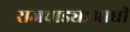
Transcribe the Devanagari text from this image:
राजवाड्याआधी